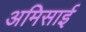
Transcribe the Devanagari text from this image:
अमिसाई